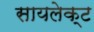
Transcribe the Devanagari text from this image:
सायलेक्ट